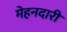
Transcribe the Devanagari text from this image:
मेहनदारी